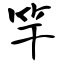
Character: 竿